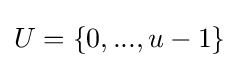
U=\{0,...,u-1\}